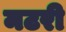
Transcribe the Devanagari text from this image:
मटरी